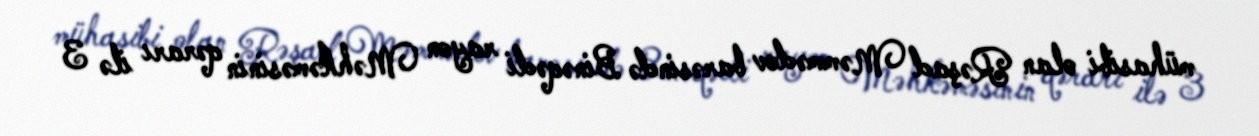
mühasibi olan Rəşad Məmmədov barəsində Binəqədi rayon Məhkəməsinin qərarı ilə 3